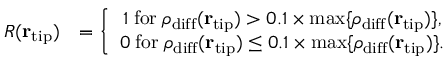
\begin{array} { r l } { R ( { \bf r } _ { \mathrm { t i p } } ) } & { = \bigg \{ \begin{array} { c } { 1 \; \mathrm { f o r } \; \rho _ { \mathrm { d i f f } } ( { \bf r } _ { \mathrm { t i p } } ) > 0 . 1 \times \mathrm { m a x } \{ \rho _ { \mathrm { d i f f } } ( { \bf r } _ { \mathrm { t i p } } ) \} , } \\ { 0 \; \mathrm { f o r } \; \rho _ { \mathrm { d i f f } } ( { \bf r } _ { \mathrm { t i p } } ) \le 0 . 1 \times \mathrm { m a x } \{ \rho _ { \mathrm { d i f f } } ( { \bf r } _ { \mathrm { t i p } } ) \} . } \end{array} } \end{array}